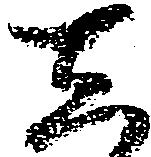
し